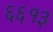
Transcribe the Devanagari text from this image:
६६१३